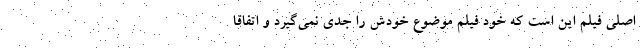
اصلی فیلم این است که خود فیلم موضوع خودش را جدی نمی‌گیرد و اتفاقا